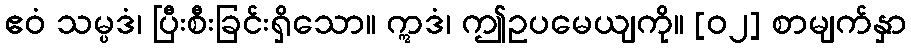
ဧဝံ သမ္ပဒံ၊ ပြီးစီးခြင်းရှိသော။ ဣဒံ၊ ဤဥပမေယျကို။ [၀၂] စာမျက်နှာ